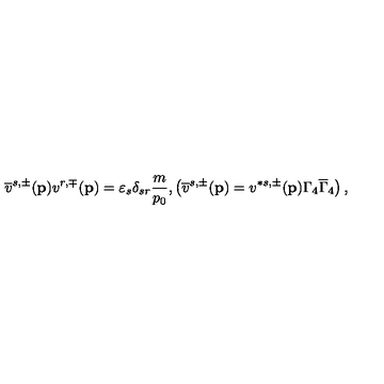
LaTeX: \overline { { v } } ^ { s , \pm } ( \mathbf { p } ) v ^ { r , \mp } ( \mathbf { p } ) = \varepsilon _ { s } \delta _ { s r } \frac m { p _ { 0 } } , \left( \overline { { v } } ^ { s , \pm } ( \mathbf { p } ) = v ^ { * s , \pm } ( \mathbf { p } ) \Gamma _ { 4 } \overline { { \Gamma } } _ { 4 } \right) ,